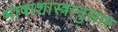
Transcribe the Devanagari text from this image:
भाषाशास्त्रानुसार